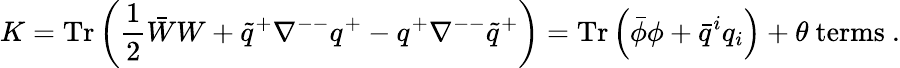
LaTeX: K=\mathrm{Tr}\left(\frac{1}{2}\bar{W}W+\tilde{q}^{+}\nabla^{--}q^{+}-q^{+}\nabla^{--}\tilde{q}^{+}\right)=\mathrm{Tr}\left(\bar{\phi}\phi+\bar{q}^{i}q_{i}\right)+\theta\ \mathrm{terms}\ .